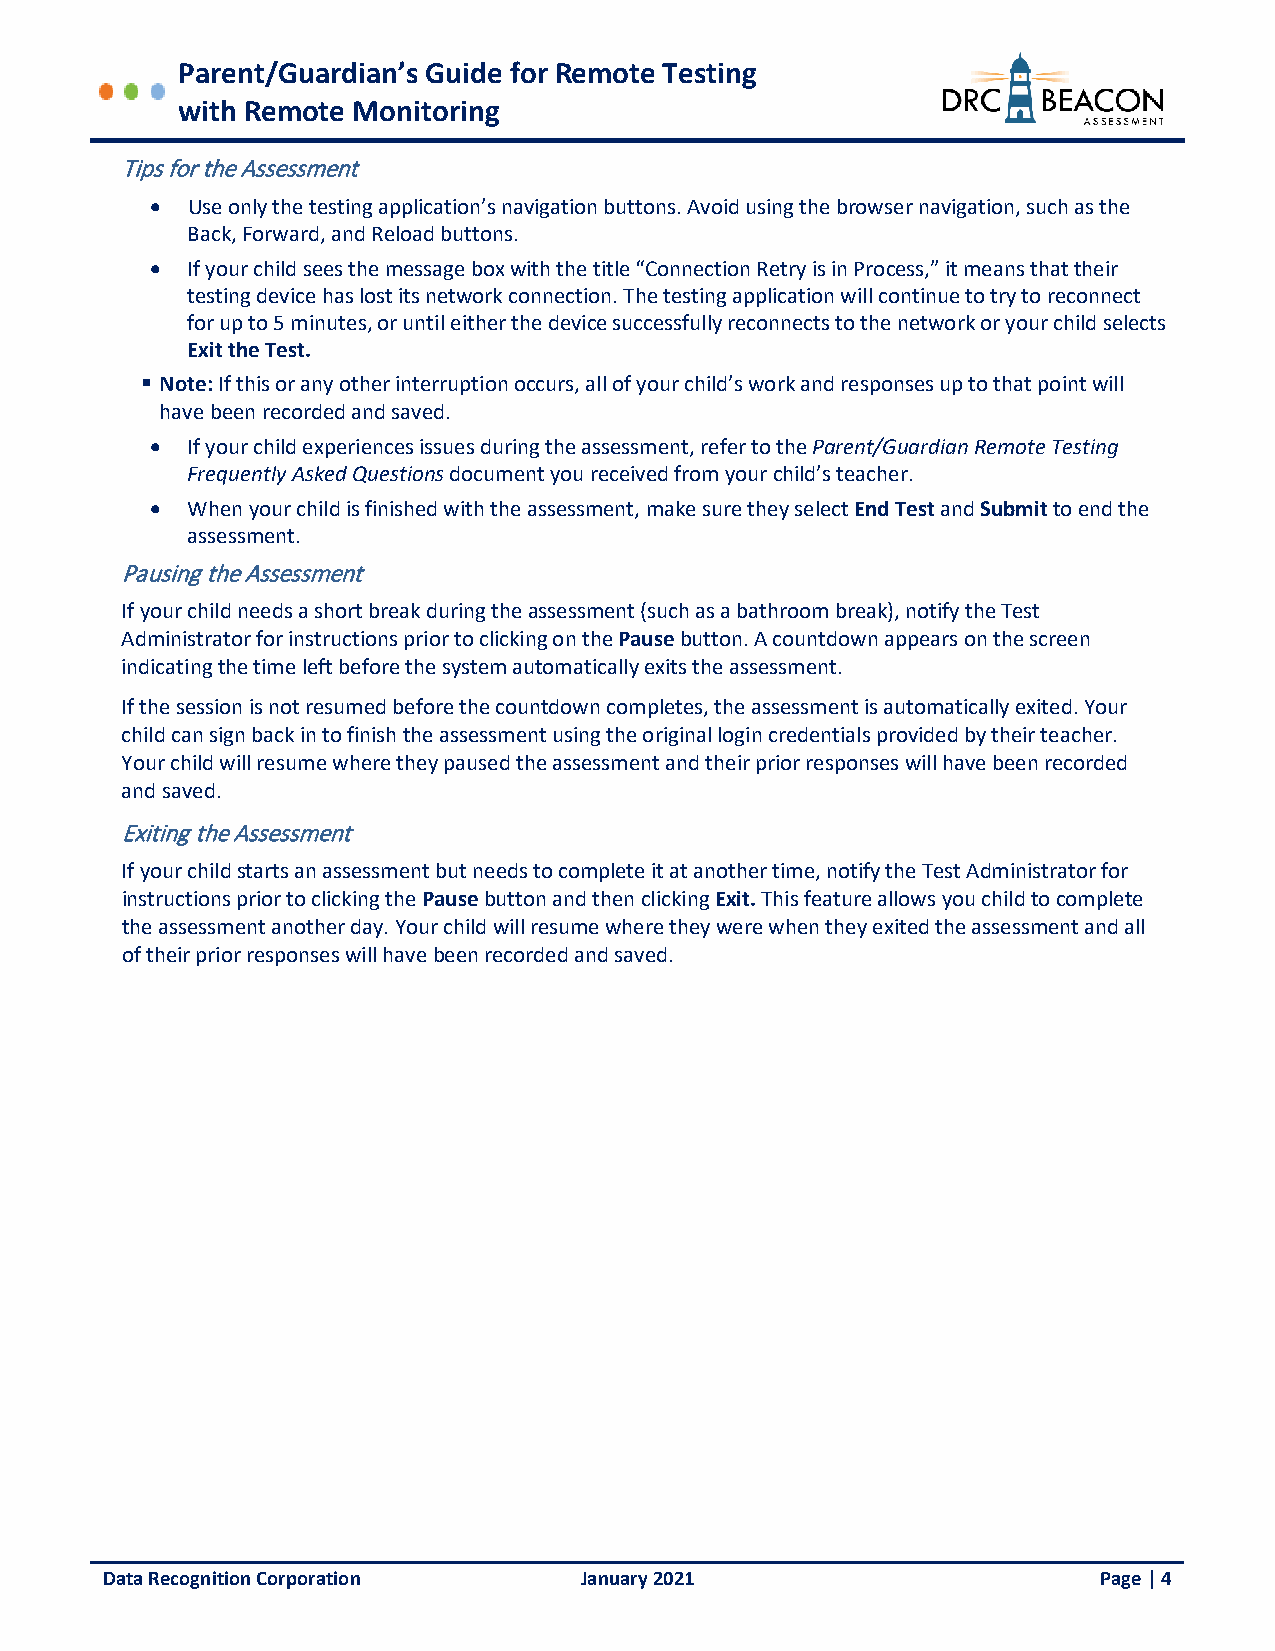
Parent/Guardian’s Guide for Remote Testing
 with Remote Monitoring
 Tips for the Assessment
 • Use only the testing application’s navigation buttons. Avoid using the browser navigation, such as the
 Back, Forward, and Reload buttons.
 • If your child sees the message box with the title “Connection Retry is in Process,” it means that their
 testing device has lost its network connection. The testing application will continue to try to reconnect
 for up to 5 minutes, or until either the device successfully reconnects to the network or your child selects
 Exit the Test.
  Note: If this or any other interruption occurs, all of your child’s work and responses up to that point will
 have been recorded and saved.
 • If your child experiences issues during the assessment, refer to the Parent/Guardian Remote Testing
 Frequently Asked Questions document you received from your child’s teacher.
 • When your child is finished with the assessment, make sure they select End Test and Submit to end the
 assessment.
 Pausing the Assessment
 If your child needs a short break during the assessment (such as a bathroom break), notify the Test
 Administrator for instructions prior to clicking on the Pause button. A countdown appears on the screen
 indicating the time left before the system automatically exits the assessment.
 If the session is not resumed before the countdown completes, the assessment is automatically exited. Your
 child can sign back in to finish the assessment using the original login credentials provided by their teacher.
 Your child will resume where they paused the assessment and their prior responses will have been recorded
 and saved.
 Exiting the Assessment
 If your child starts an assessment but needs to complete it at another time, notify the Test Administrator for
 instructions prior to clicking the Pause button and then clicking Exit. This feature allows you child to complete
 the assessment another day. Your child will resume where they were when they exited the assessment and all
 of their prior responses will have been recorded and saved.
 Data Recognition Corporation   January 2021                       Page | 4